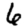
Digit: 6